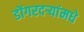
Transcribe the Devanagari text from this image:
डोंगरदऱ्यांमधे